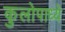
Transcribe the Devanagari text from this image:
कुलोपाध्ये